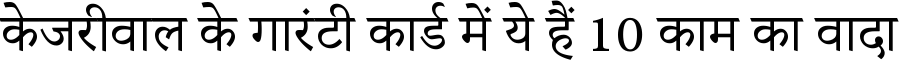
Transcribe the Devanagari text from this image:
केजरीवाल के गारंटी कार्ड में ये हैं 10 काम का वादा